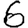
Digit: 6